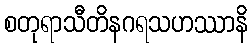
စတုရာသီတိနဂရသဟဿာနိ